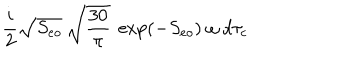
{ \frac { i } { 2 } } \sqrt { S _ { e o } } \ \sqrt { { \frac { 3 0 } { \pi } } } \ \exp ( - S _ { e o } ) \ \omega \ d \tau _ { c }